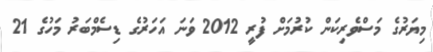
މިޔަރުގެ މަސްވެރިކަން ކުރުމަށް ފުރީ 2012 ވަނަ އަހަރުގެ ޑިސެމްބަރު މަހުގެ 21